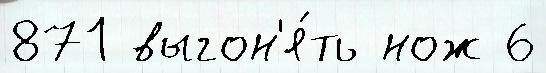
871 выгон'я́ть нож 6